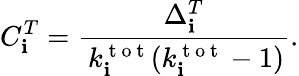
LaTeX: C_{\mathbf{i}}^{T}=\frac{{\Delta_{\mathbf{i}}^{T}}}{{\, k_{\mathbf{i}}^{\mathrm{{~t~o~t~}}}(k_{\mathbf{i}}^{\mathrm{{~t~o~t~}}}-1)}}.